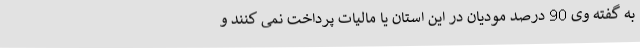
به گفته وی 90 درصد مودیان در این استان یا مالیات پرداخت نمی کنند و